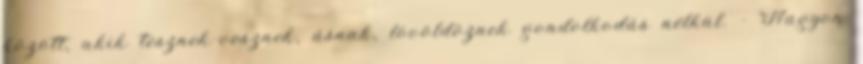
között, akik tesznek-vesznek, ásnak, lövöldöznek gondolkodás nélkül. – Nagyon